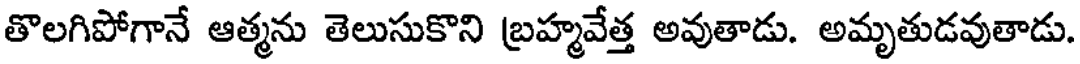
తొలగిపోగానే ఆత్మను తెలుసుకొని బ్రహ్మవేత్త అవుతాడు. అమృతుడవుతాడు.